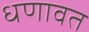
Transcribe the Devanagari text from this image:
धणावत